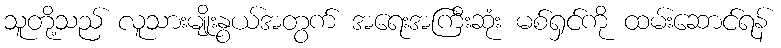
သူတို့သည် လူသားမျိုးနွယ်အတွက် အရေးအကြီးဆုံး မစ်ရှင်ကို ထမ်းဆောင်ရန်